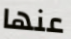
عنها